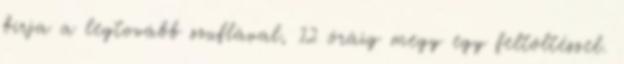
bírja a legtovább szuflával, 12 óráig megy egy feltöltéssel.